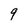
Character: 9